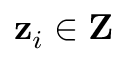
\mathbf { z } _ { i } \in \mathbf { Z }